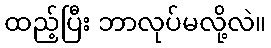
ထည့်ပြီး ဘာလုပ်မလို့လဲ။